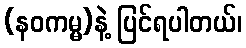
(နဝကမ္မ)နဲ့ ပြင်ရပါတယ်၊